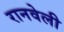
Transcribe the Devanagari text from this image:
रानवेली